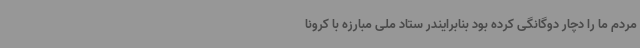
مردم ما را دچار دوگانگی کرده بود بنابرایندر ستاد ملی مبارزه با کرونا